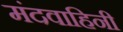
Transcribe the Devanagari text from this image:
मंदवाहिनी